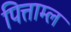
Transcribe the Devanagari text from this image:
पित्ताम्ल